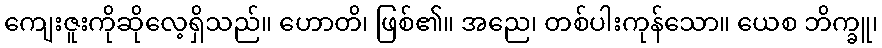
ကျေးဇူးကိုဆိုလေ့ရှိသည်။ ဟောတိ၊ ဖြစ်၏။ အညေ၊ တစ်ပါးကုန်သော။ ယေစ ဘိက္ခူ၊